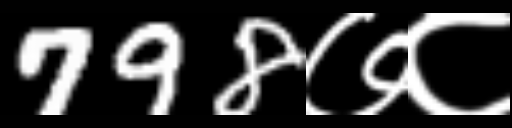
Text: 798७८